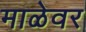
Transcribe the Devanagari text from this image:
माळेवर